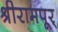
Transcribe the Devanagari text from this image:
श्रीरामपूर्